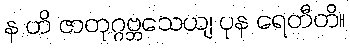
န ဟိ ဇာတုဂ္ဂဗ္ဘသေယျ ပုန ရေတီတိ။